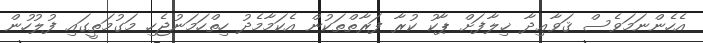
އެހެންނަމަވެސް ޤަވާޢިދާ ޚިލާފަށް ޕާކު ކުރާ ފަރާތްތަކުން އެކަމާމެދު ހިތްހަމަނުޖެހި މަގުމަތީގައި ފުލުހުން